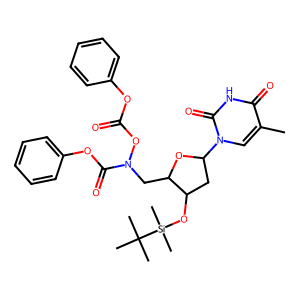
SMILES: Cc1cn(C2CC(O[Si](C)(C)C(C)(C)C)C(CN(OC(=O)Oc3ccccc3)C(=O)Oc3ccccc3)O2)c(=O)[nH]c1=O
Inhibits HIV replication: No